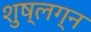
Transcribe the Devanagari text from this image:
शुष्लग्न